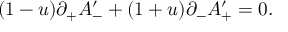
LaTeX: ( 1 - u ) \partial _ { + } A _ { - } ^ { \prime } + ( 1 + u ) \partial _ { - } A _ { + } ^ { \prime } = 0 .